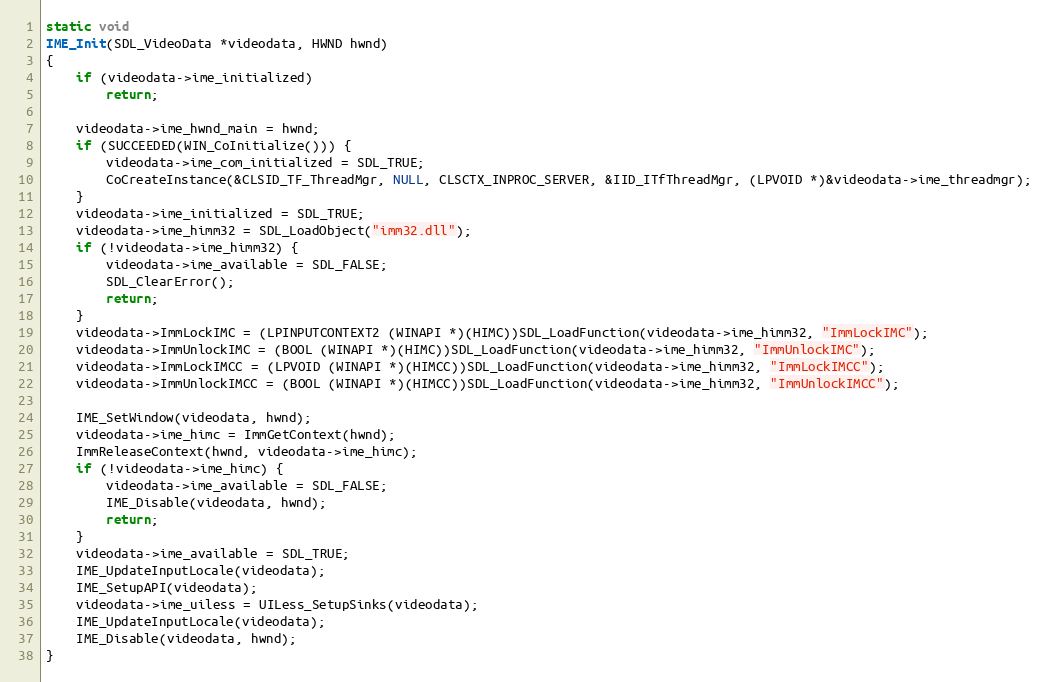
Language: C
static void
IME_Init(SDL_VideoData *videodata, HWND hwnd)
{
    if (videodata->ime_initialized)
        return;

    videodata->ime_hwnd_main = hwnd;
    if (SUCCEEDED(WIN_CoInitialize())) {
        videodata->ime_com_initialized = SDL_TRUE;
        CoCreateInstance(&CLSID_TF_ThreadMgr, NULL, CLSCTX_INPROC_SERVER, &IID_ITfThreadMgr, (LPVOID *)&videodata->ime_threadmgr);
    }
    videodata->ime_initialized = SDL_TRUE;
    videodata->ime_himm32 = SDL_LoadObject("imm32.dll");
    if (!videodata->ime_himm32) {
        videodata->ime_available = SDL_FALSE;
        SDL_ClearError();
        return;
    }
    videodata->ImmLockIMC = (LPINPUTCONTEXT2 (WINAPI *)(HIMC))SDL_LoadFunction(videodata->ime_himm32, "ImmLockIMC");
    videodata->ImmUnlockIMC = (BOOL (WINAPI *)(HIMC))SDL_LoadFunction(videodata->ime_himm32, "ImmUnlockIMC");
    videodata->ImmLockIMCC = (LPVOID (WINAPI *)(HIMCC))SDL_LoadFunction(videodata->ime_himm32, "ImmLockIMCC");
    videodata->ImmUnlockIMCC = (BOOL (WINAPI *)(HIMCC))SDL_LoadFunction(videodata->ime_himm32, "ImmUnlockIMCC");

    IME_SetWindow(videodata, hwnd);
    videodata->ime_himc = ImmGetContext(hwnd);
    ImmReleaseContext(hwnd, videodata->ime_himc);
    if (!videodata->ime_himc) {
        videodata->ime_available = SDL_FALSE;
        IME_Disable(videodata, hwnd);
        return;
    }
    videodata->ime_available = SDL_TRUE;
    IME_UpdateInputLocale(videodata);
    IME_SetupAPI(videodata);
    videodata->ime_uiless = UILess_SetupSinks(videodata);
    IME_UpdateInputLocale(videodata);
    IME_Disable(videodata, hwnd);
}